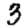
Digit: 3